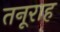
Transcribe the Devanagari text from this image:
तनूराह